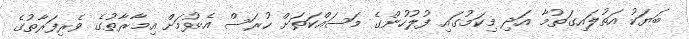
ބަޔަކު އަތުލައިގަތުމާ އަދި މިކަމުގައި ފުލުހުންގެ މަސައްކަތަށް ހުރަސް އެޅުމަށް އިމާރާތުގެ ވެރިފަރާތުގެ